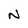
Character: N